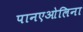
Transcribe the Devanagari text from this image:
पानएओलिना